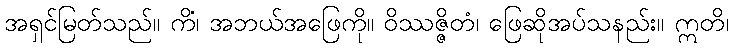
အရှင်မြတ်သည်။ ကိံ၊ အဘယ်အဖြေကို။ ဝိဿဇ္ဇိတံ၊ ဖြေဆိုအပ်သနည်း။ ဣတိ၊